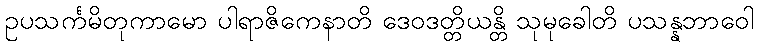
ဥပသင်္ကမိတုကာမော ပါရာဇိကေနာတိ ဒေဝဒတ္တိယန္တိ သုမုခေါတိ ပသန္နဘာဝေါ